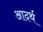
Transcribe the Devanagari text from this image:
आदर्थ